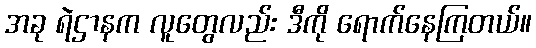
အခု ရဲဌာနက လူတွေလည်း ဒီကို ရောက်နေကြတယ်။